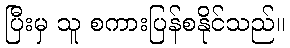
ပြီးမှ သူ စကားပြန်စနိုင်သည်။